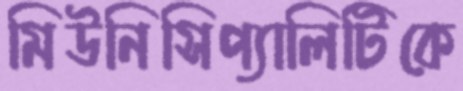
মিউনিসিপ্যালিটিকে